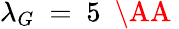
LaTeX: \lambda_{G}~=~5~\mathrm{~\AA~}